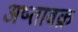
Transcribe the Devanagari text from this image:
अष्तावक्र